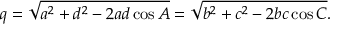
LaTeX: q = { \sqrt { a ^ { 2 } + d ^ { 2 } - 2 a d \cos { A } } } = { \sqrt { b ^ { 2 } + c ^ { 2 } - 2 b c \cos { C } } } .